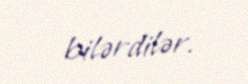
bilərdilər.